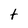
Character: t